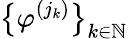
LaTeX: \big\{ \varphi^{(j_{k})}\big\} _{k\in\mathbb{N}}